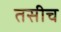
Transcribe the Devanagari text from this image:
तसीच